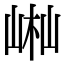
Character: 𡷻